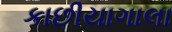
કાછીયાગાલા